Haapsalu_Metskond, lk 19
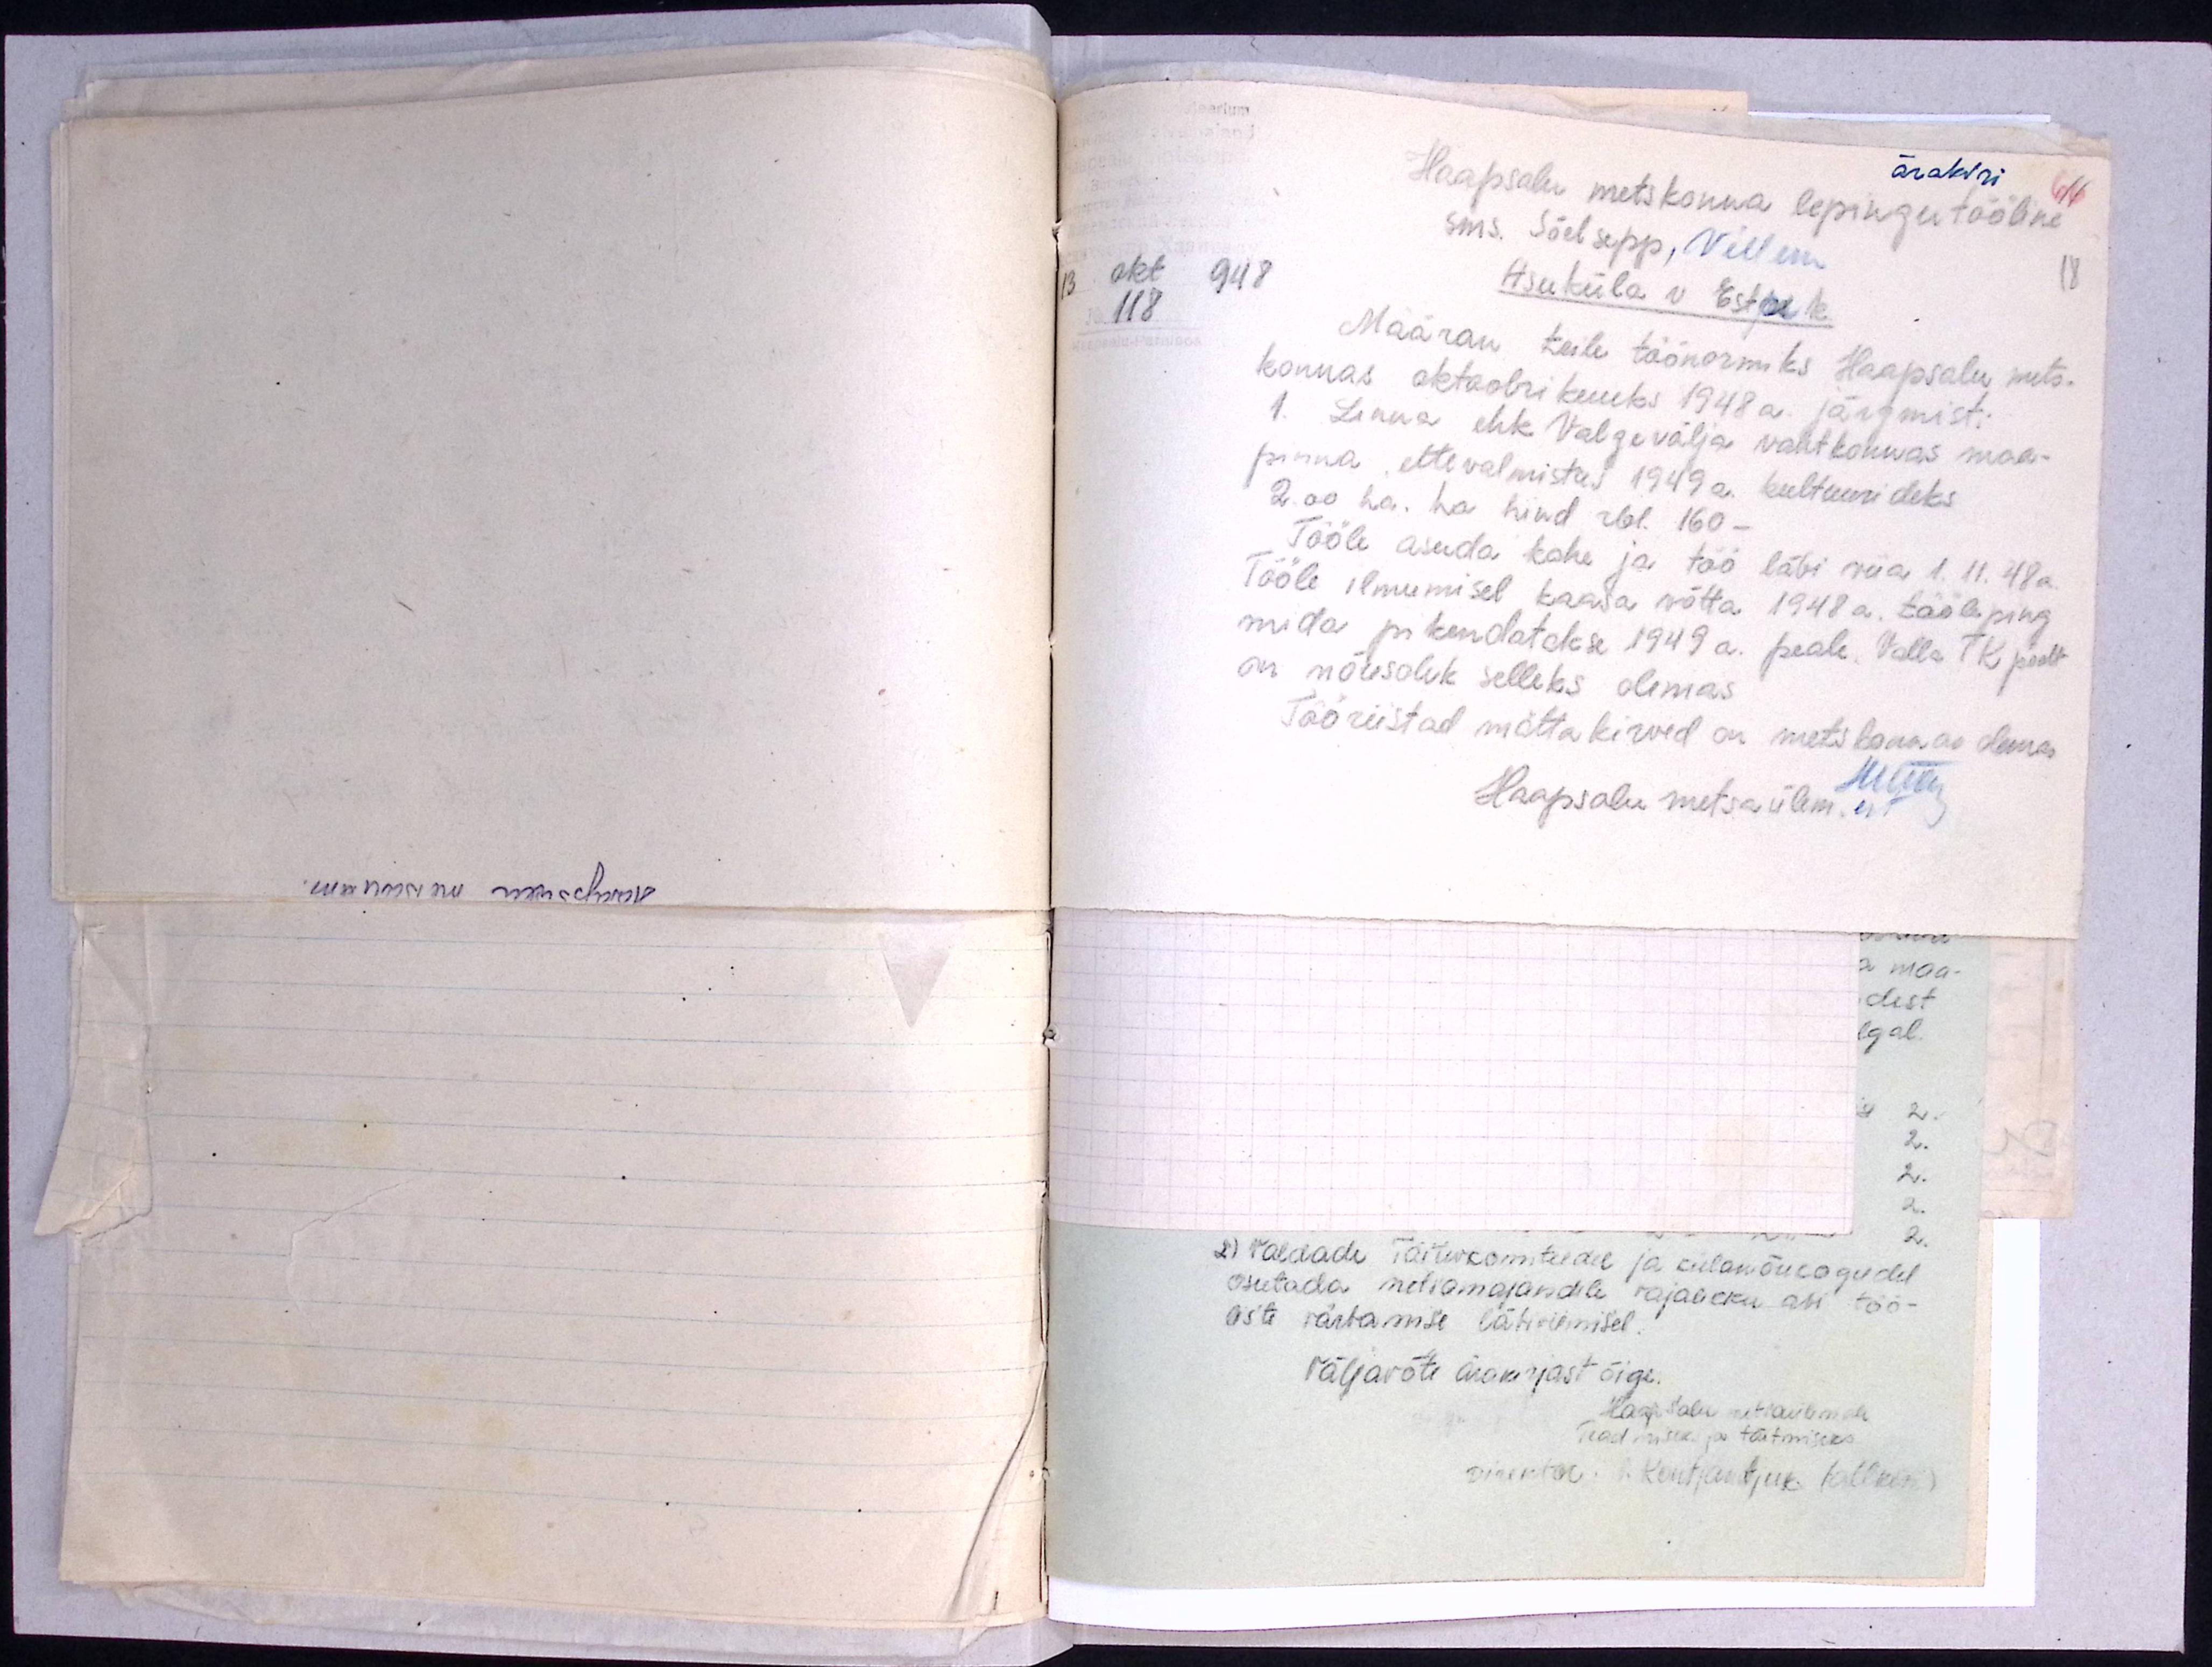
ärakiri
Haapsalu metskonna lepingutööline
sms. Sõelsepp, Villem
18
13. okt 948
Asuküla v. Estpe k.
118
Määran teile töönormiks Haapsalu mets-
konnas oktoobrikuuks 1948 a. järgmist:
1. Linna ehk Valgevälja vahtkonnas maa-
pinna ettevalmistus 1949 a. kultuurideks
2.00 ha. ha hind rbl. 160-
Tööle asuda kohe ja töö läbi viia 1.11. 48a.
Tööle ilmumisel kaasa võtta 1948 a. tööleping
mida pikendatakse 1949 a. peale. Valla TK poolt
on nõusolek selleks olemas
Tööriistad mättakirved on metskonnas olemas
Haapsalu metsaülem.